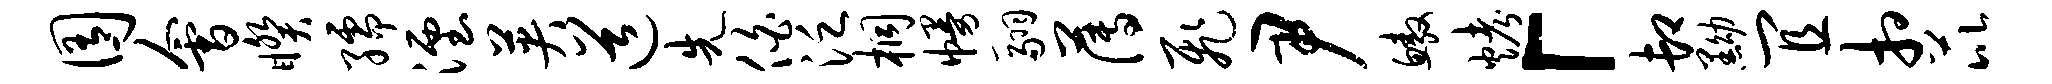
囿会睽孺湮英道先伯泛桐幔翮薄飞尹鳌烤「卸黝宜相芘